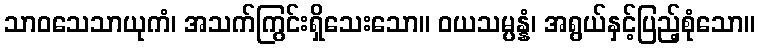
သာဝသေသာယုကံ၊ အသက်ကြွင်းရှိသေးသော။ ဝယသမ္ပန္နံ၊ အရွယ်နှင့်ပြည့်စုံသော။